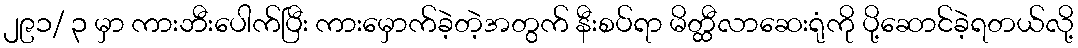
၂၉၁/ ၃ မှာ ကားဘီးပေါက်ပြီး ကားမှောက်ခဲ့တဲ့အတွက် နီးစပ်ရာ မိတ္ထီလာဆေးရုံကို ပို့ဆောင်ခဲ့ရတယ်လို့